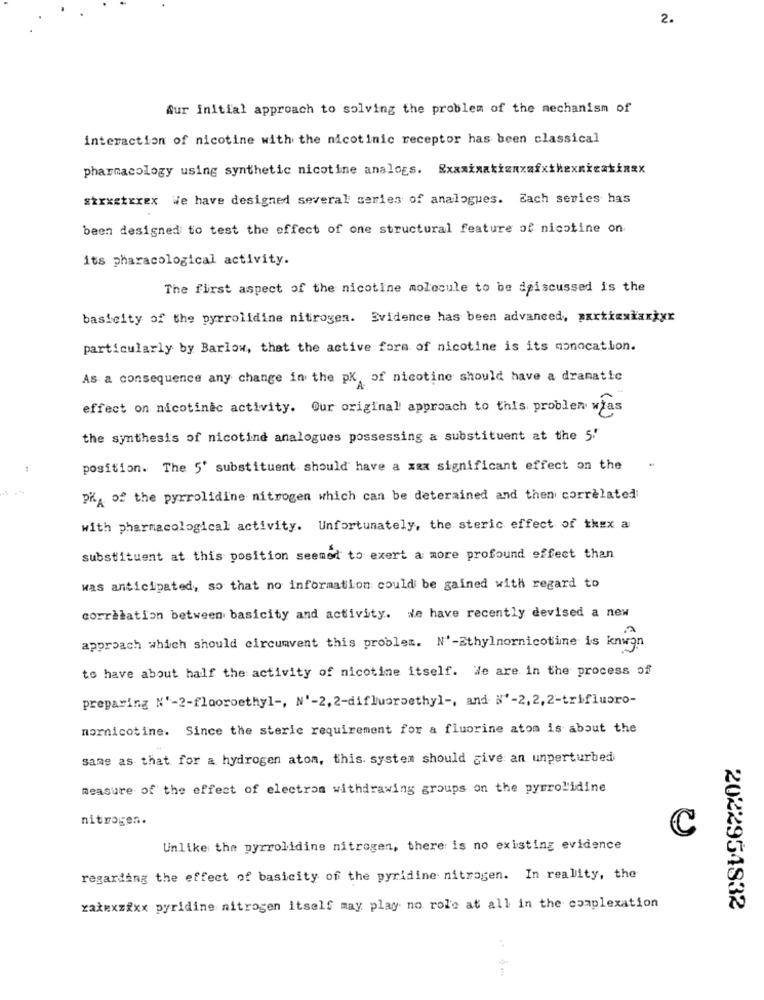
2.
Aur Initial approach to solving the problem of the mechanism of
interaction of nicotine with the nicotinic receptor has been classical
pharmacology using synthetic nicotine analogs. Exxxixakienxafxthexnkeatinax
stxxxtexex We have designed several series of analogues. Each series has
been designed to test the effect of one structural feature of nicotine on
its pharacological activity.
The first aspect of the nicotine molecule to be discussed is the
basicity of the pyrrolidine nitrogen. Evidence has been advanced, waxtkexłaxxxx
particularly by Barlow, that the active form of nicotine is its monocation.
As a consequence any change in the pK, of nicotine should have a dramatic
effect on nicotinac activity. Our original approach to this problem was
the synthesis of nicotind analogues possessing a substituent at the 5.
position. The 5' substituent should have a xxx significant effect on the
PHA of the pyrrolidine nitrogen which can be deterained and then correlated
with pharmacological activity. Unfortunately, the steric effect of thex a
substituent at this position seemed to exert a more profound effect than
was anticipated, so that no information could be gained with regard to
correlation between basicity and activity. we have recently devised a new
approach which should circumvent this problem. N'-Ethylnornicotine is knwon
to have about half the activity of nicotine itself. We are in the process of
preparing N'-2-flooroethyl -, N'-2, 2-difluoroethyl -, and N'-2, 2,2-trifluoro-
nornicotine. Since the steric requirement for a fluorine atom is about the
same as that for a hydrogen atom, this. system should give an unperturbed
measure of the effect of electron withdrawing groups on the pyrrolidine
nitrogen.
C
Unlike the pyrrolidine nitrogen, there is no existing evidence
regarding the effect of basicity of the pyridine nitrogen. In reality, the
ratexzixx pyridine nitrogen itself may play no rol'e at all in the complexation
2022954832